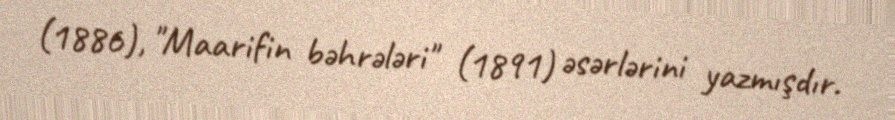
(1886), "Maarifin bəhrələri" (1891) əsərlərini yazmışdır.